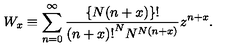
W _ { x } \equiv \sum _ { n = 0 } ^ { \infty } \frac { \{ N ( n + x ) \} ! } { { ( n + x ) ! } ^ { N } N ^ { N ( n + x ) } } z ^ { n + x } .